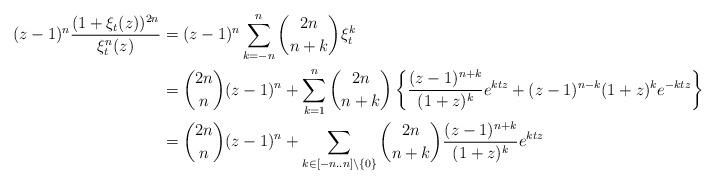
LaTeX: \begin{align*}(z-1)^n\frac{(1+\xi_t(z))^{2n}}{\xi_t^n(z)} &= (z-1)^n\sum_{k = -n}^n\binom{2n}{n+k}\xi_t^k\\& = \binom{2n}{n}(z-1)^n + \sum_{k = 1}^n\binom{2n}{n+k}\left\{\frac{(z-1)^{n+k}}{(1+z)^k}e^{ktz} + (z-1)^{n-k}(1+z)^ke^{-ktz}\right\}\\& = \binom{2n}{n}(z-1)^n + \sum_{k \in [-n..n]\setminus \{0\}}\binom{2n}{n+k}\frac{(z-1)^{n+k}}{(1+z)^k}e^{ktz} \end{align*}